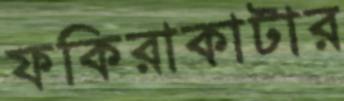
ফকিরাকাটার